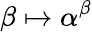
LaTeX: \beta\mapsto\alpha^{\beta}